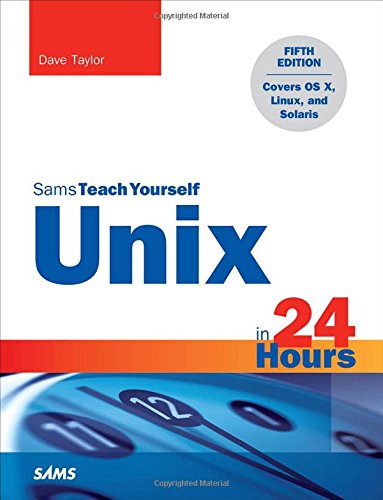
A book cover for Unix in 24 Hours, Sams Teach Yourself: Covers OS X, Linux, and Solaris (5th Edition); Dave Taylor; Computers & Technology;